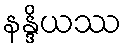
နန္ဒိယဿ